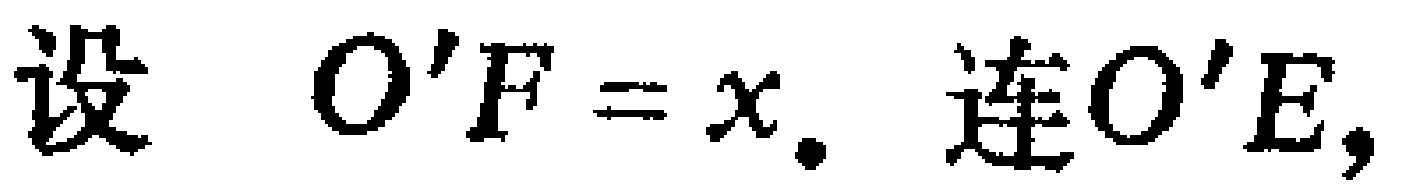
设 \(O'F = x\). 连 \(O'E\),